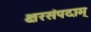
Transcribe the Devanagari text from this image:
क्षरसंपदाम्